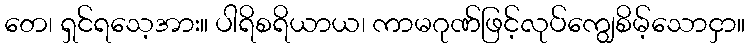
တေ၊ ရှင်ရသေ့အား။ ပါရိစရိယာယ၊ ကာမဂုဏ်ဖြင့်လုပ်ကျွေစိမ့်သောငှာ။